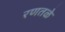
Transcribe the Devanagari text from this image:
रणतळे